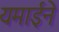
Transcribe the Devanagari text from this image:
यमाईने